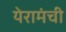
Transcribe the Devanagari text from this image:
येरामंची